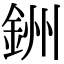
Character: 銂